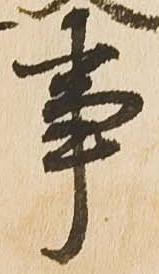
事